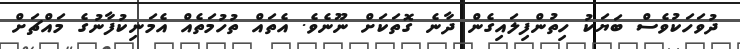
ދުވަހަކުވެސް ބަޔަކު ހިތުންފިލައިގެން ދާނެ ގޮތަކަށް ނޫނެވެ. އެތައް ތުހުމަތެއް އެމަނިކުފާނުގެ މައްޗަށް